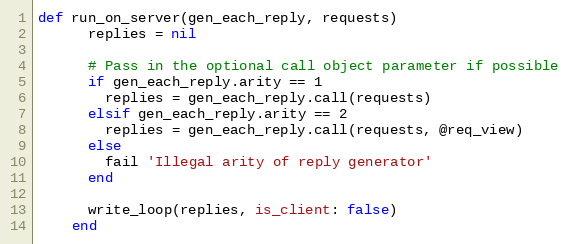
Language: Ruby
def run_on_server(gen_each_reply, requests)
      replies = nil

      # Pass in the optional call object parameter if possible
      if gen_each_reply.arity == 1
        replies = gen_each_reply.call(requests)
      elsif gen_each_reply.arity == 2
        replies = gen_each_reply.call(requests, @req_view)
      else
        fail 'Illegal arity of reply generator'
      end

      write_loop(replies, is_client: false)
    end